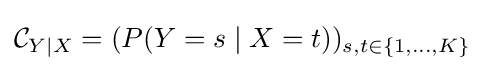
{\mathcal {C}}_{Y\mid X}=(P(Y=s\mid X=t))_{s,t\in \{1,\dots ,K\}}